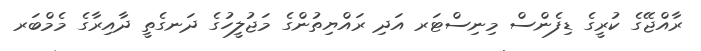
ރާއްޖޭގެ ކުރީގެ ޑިފެންސް މިނިސްޓަރ އަދި ރައްޔިތުންގެ މަޖުލީހުގެ ދަނގެތީ ދާއިރާގެ މެމްބަރ